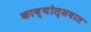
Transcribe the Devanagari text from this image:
काव्योत्सवात